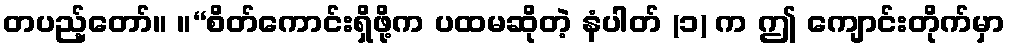
တပည့်တော်။ ။“စိတ်ကောင်းရှိဖို့က ပထမဆိုတဲ့ နံပါတ် (၁) က ဤ ကျောင်းတိုက်မှာ